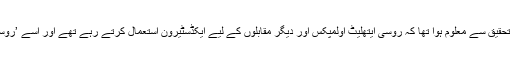
اب سے 40 سال قبل تحقیق سے معلوم ہوا تھا کہ روسی ایتھلیٹ اولمپکس اور دیگر مقابلوں کے لیے ایکڈسٹیرون استعمال کرتے رہے تھے اور اسے ’روسی راز‘ کا نام دیا تھا۔